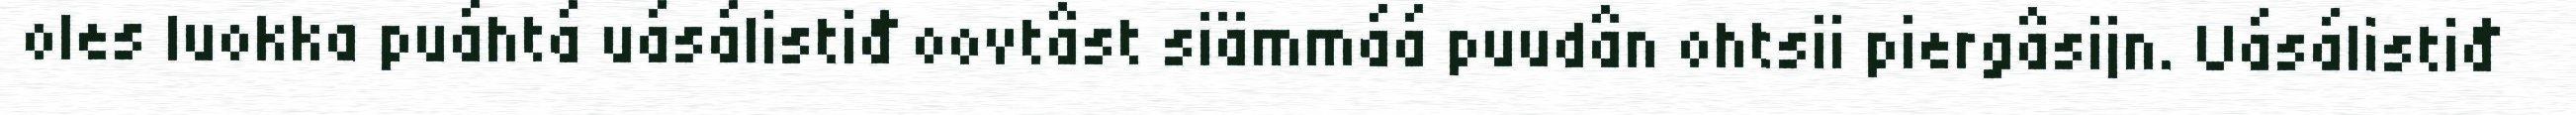
oles luokka puáhtá uásálistiđ oovtâst siämmáá puudân ohtsii piergâsijn. Uásálistiđ